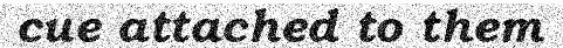
cue attached to them